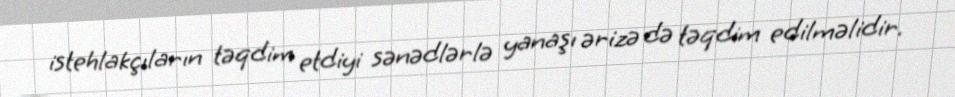
istehlakçıların təqdim etdiyi sənədlərlə yanaşı ərizə də təqdim edilməlidir.